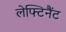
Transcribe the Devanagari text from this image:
लेफ्टिनैंट